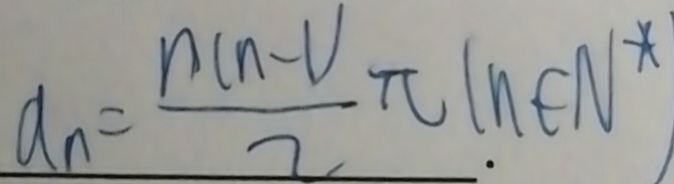
a _ { n } = \frac { n ( n - 1 ) } { 2 } \pi ( n \in N ^ { \ast } )